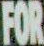
FOR